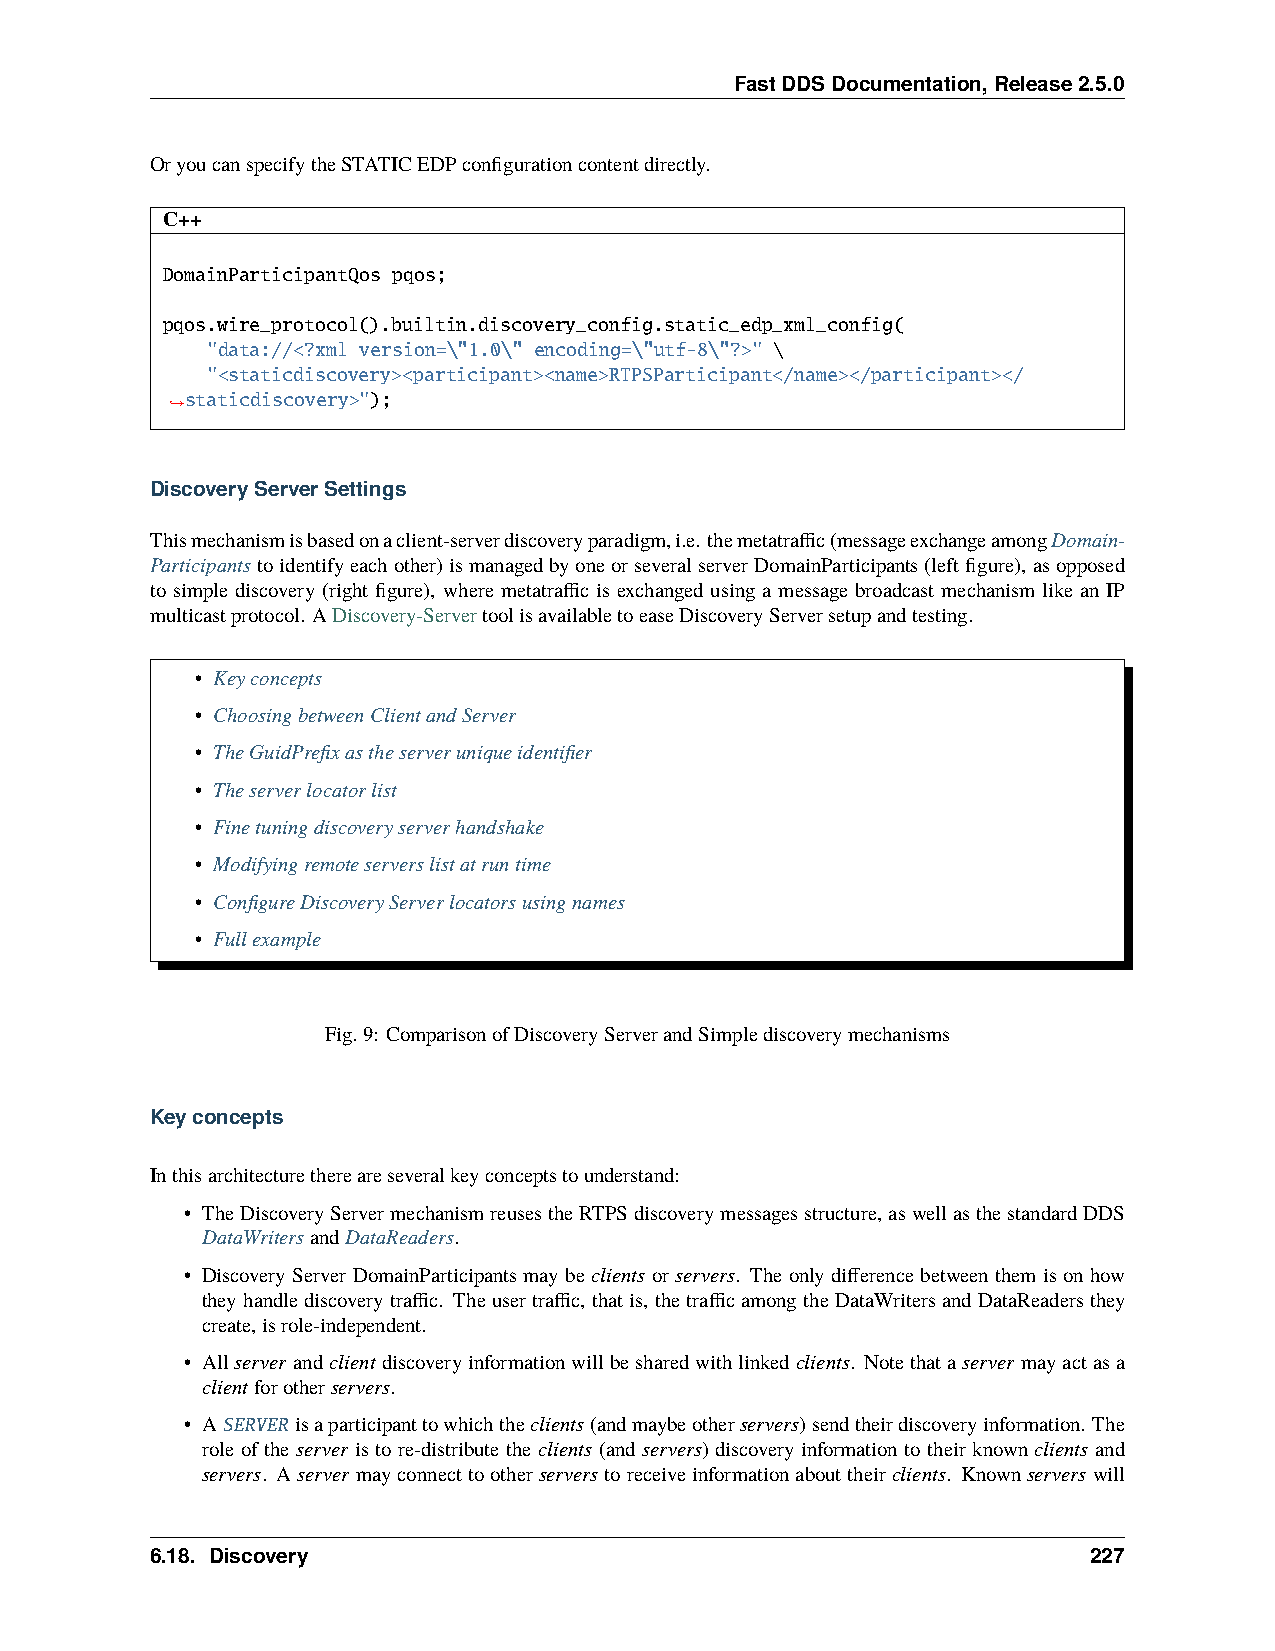
FastDDSDocumentation,Release2.5.0
 OryoucanspecifytheSTATICEDPconfigurationcontentdirectly.
 C++
 DomainParticipantQos pqos;
 pqos.wire_protocol().builtin.discovery_config.static_edp_xml_config(
 "data://<?xml version=\"1.0\" encoding=\"utf-8\"?>" \
 "<staticdiscovery><participant><name>RTPSParticipant</name></participant></
 staticdiscovery>");
 ˓→
 DiscoveryServerSettings
 Thismechanismisbasedonaclient-serverdiscoveryparadigm,i.e. themetatraffic(messageexchangeamongDomain-
 Participantstoidentifyeachother)ismanagedbyoneorseveralserverDomainParticipants(leftfigure),asopposed
 to simple discovery (right figure), where metatraffic is exchanged using a message broadcast mechanism like an IP
 multicastprotocol. ADiscovery-ServertoolisavailabletoeaseDiscoveryServersetupandtesting.
 • Keyconcepts
 • ChoosingbetweenClientandServer
 • TheGuidPrefixastheserveruniqueidentifier
 • Theserverlocatorlist
 • Finetuningdiscoveryserverhandshake
 • Modifyingremoteserverslistatruntime
 • ConfigureDiscoveryServerlocatorsusingnames
 • Fullexample
 Fig.9: ComparisonofDiscoveryServerandSimplediscoverymechanisms
 Keyconcepts
 Inthisarchitecturethereareseveralkeyconceptstounderstand:
 • TheDiscoveryServermechanismreusestheRTPSdiscoverymessagesstructure,aswellasthestandardDDS
 DataWritersandDataReaders.
 • Discovery ServerDomainParticipants may be clients or servers. The only differencebetween them ison how
 theyhandlediscoverytraffic. Theusertraffic, thatis, thetrafficamongtheDataWritersandDataReadersthey
 create,isrole-independent.
 • Allserver andclient discoveryinformationwillbesharedwithlinkedclients. Notethataserver mayactasa
 clientforotherservers.
 • ASERVER isaparticipanttowhichtheclients(andmaybeotherservers)sendtheirdiscoveryinformation. The
 role of the server is to re-distribute the clients (and servers) discovery information to their known clients and
 servers. Aserver mayconnecttootherserverstoreceiveinformationabouttheirclients. Knownserverswill
 6.18. Discovery                                               227